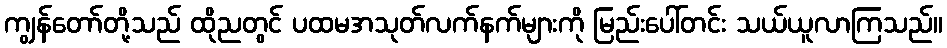
ကျွန်တော်တို့သည် ထိုညတွင် ပထမအသုတ်လက်နက်များကို မြည်းပေါ်တင်း သယ်ယူလာကြသည်။